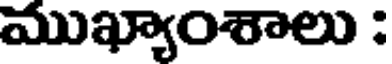
ముఖ్యాంశాలు :